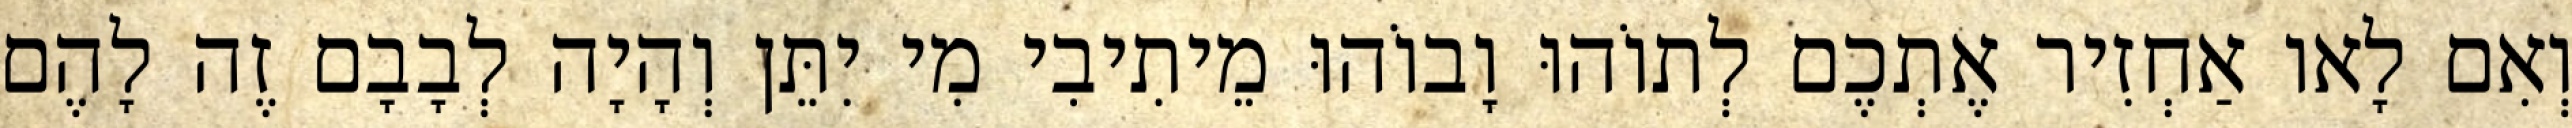
וְאִם לָאו אַחְזִיר אֶתְכֶם לְתוֹהוּ וָבוֹהוּ מֵיתִיבִי מִי יִתֵּן וְהָיָה לְבָבָם זֶה לָהֶם